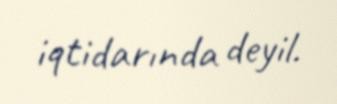
iqtidarında deyil.